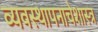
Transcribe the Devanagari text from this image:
व्यवस्थापनाचेशास्त्र